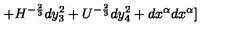
+ H ^ { - { \frac { 2 } { 3 } } } d y _ { 3 } ^ { 2 } + U ^ { - { \frac { 2 } { 3 } } } d y _ { 4 } ^ { 2 } + d x ^ { \alpha } d x ^ { \alpha } ]